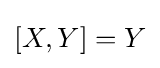
\left[X,Y\right]=Y